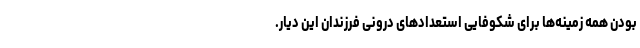
بودن همه زمینه‌ها برای شکوفایی استعدادهای درونی فرزندان این دیار.